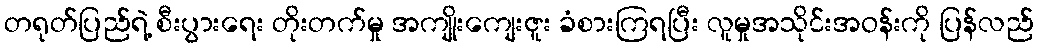
တရုတ်ပြည်ရဲ့ စီးပွားရေး တိုးတက်မှု အကျိုးကျေးဇူး ခံစားကြရပြီး လူမှုအသိုင်းအဝန်းကို ပြန်လည်